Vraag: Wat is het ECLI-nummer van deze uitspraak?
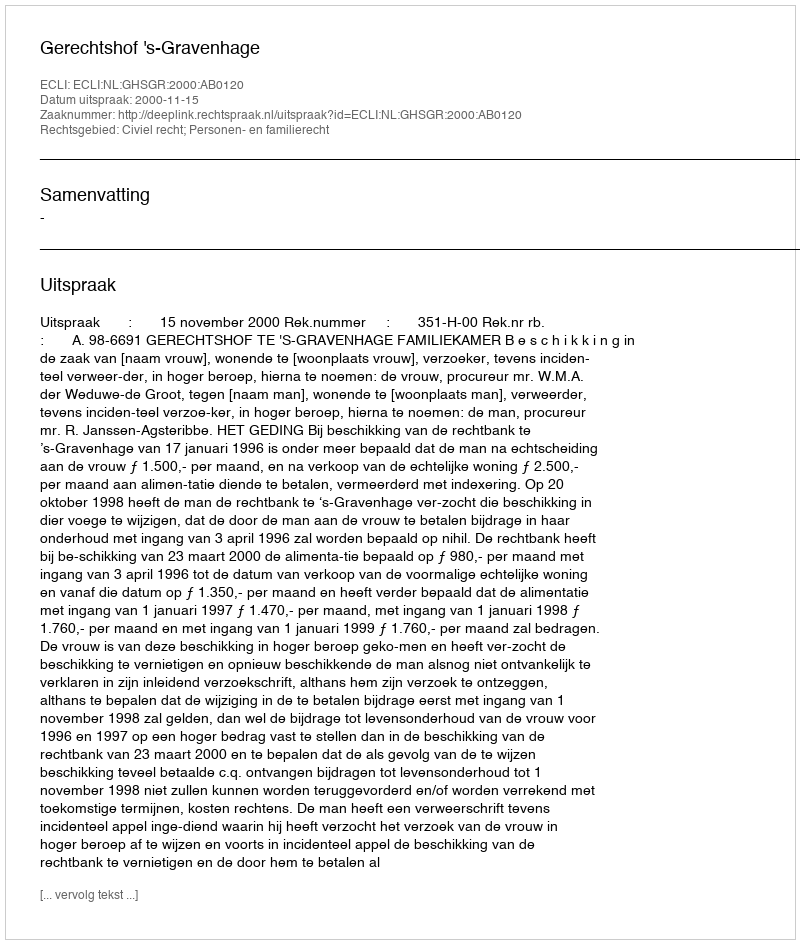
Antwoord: ECLI:NL:GHSGR:2000:AB0120